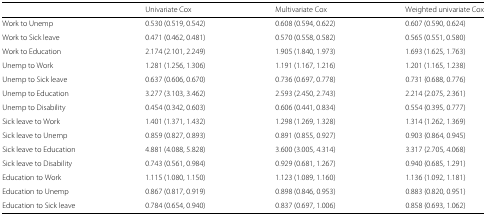
<table><thead><tr><td></td><td><b>Univariate Cox</b></td><td><b>Multivariate Cox</b></td><td><b>Weighted univariate Cox</b></td></tr></thead><tbody><tr><td>Work to Unemp</td><td>0.530 (0.519, 0.542)</td><td>0.608 (0.594, 0.622)</td><td>0.607 (0.590, 0.624)</td></tr><tr><td>Work to Sick leave</td><td>0.471 (0.462, 0.481)</td><td>0.570 (0.558, 0.582)</td><td>0.565 (0.551, 0.580)</td></tr><tr><td>Work to Education</td><td>2.174 (2.101, 2.249)</td><td>1.905 (1.840, 1.973)</td><td>1.693 (1.625, 1.763)</td></tr><tr><td>Unemp to Work</td><td>1.281 (1.256, 1.306)</td><td>1.191 (1.167, 1.216)</td><td>1.201 (1.165, 1.238)</td></tr><tr><td>Unemp to Sick leave</td><td>0.637 (0.606, 0.670)</td><td>0.736 (0.697, 0.778)</td><td>0.731 (0.688, 0.776)</td></tr><tr><td>Unemp to Education</td><td>3.277 (3.103, 3.462)</td><td>2.593 (2.450, 2.743)</td><td>2.214 (2.075, 2.361)</td></tr><tr><td>Unemp to Disability</td><td>0.454 (0.342, 0.603)</td><td>0.606 (0.441, 0.834)</td><td>0.554 (0.395, 0.777)</td></tr><tr><td>Sick leave to Work</td><td>1.401 (1.371, 1.432)</td><td>1.298 (1.269, 1.328)</td><td>1.314 (1.262, 1.369)</td></tr><tr><td>Sick leave to Unemp</td><td>0.859 (0.827, 0.893)</td><td>0.891 (0.855, 0.927)</td><td>0.903 (0.864, 0.945)</td></tr><tr><td>Sick leave to Education</td><td>4.881 (4.088, 5.828)</td><td>3.600 (3.005, 4.314)</td><td>3.317 (2.705, 4.068)</td></tr><tr><td>Sick leave to Disability</td><td>0.743 (0.561, 0.984)</td><td>0.929 (0.681, 1.267)</td><td>0.940 (0.685, 1.291)</td></tr><tr><td>Education to Work</td><td>1.115 (1.080, 1.150)</td><td>1.123 (1.089, 1.160)</td><td>1.136 (1.092, 1.181)</td></tr><tr><td>Education to Unemp</td><td>0.867 (0.817, 0.919)</td><td>0.898 (0.846, 0.953)</td><td>0.883 (0.820, 0.951)</td></tr><tr><td>Education to Sick leave</td><td>0.784 (0.654, 0.940)</td><td>0.837 (0.697, 1.006)</td><td>0.858 (0.693, 1.062)</td></tr></tbody></table>